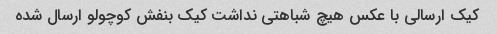
کیک ارسالی با عکس هیچ شباهتی نداشت کیک بنفش کوچولو ارسال شده